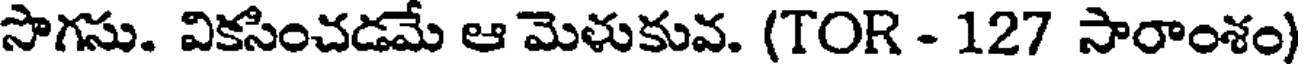
సొగసు. వికసించడమే ఆ మెళుకువ. (TOR - 127 సారాంశం)